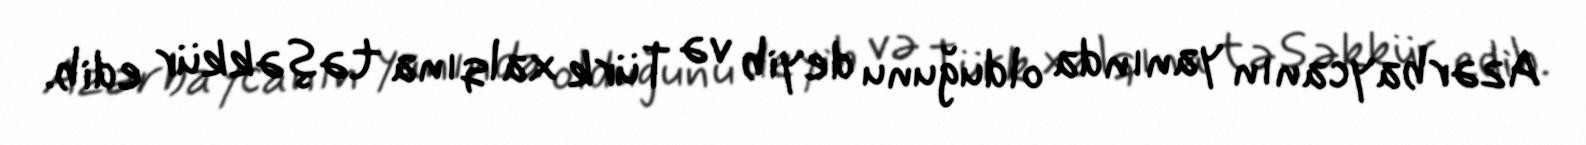
Azərbaycanın yanında olduğunu deyib və Türk xalqına təşəkkür edib.